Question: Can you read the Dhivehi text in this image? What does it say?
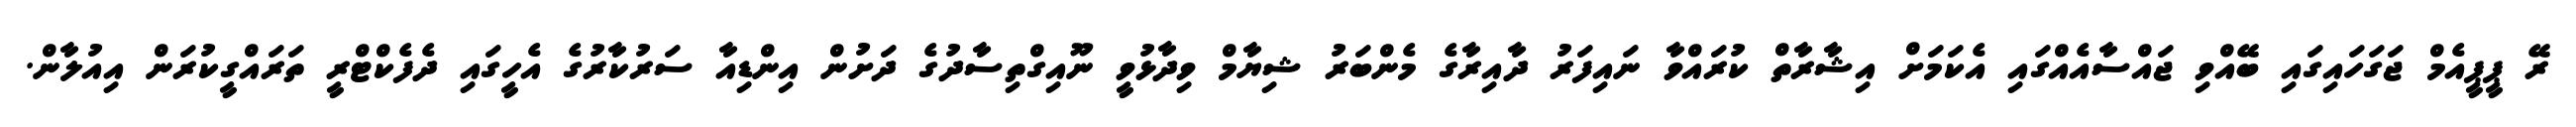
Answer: ރޭ ޕީޕީއެމް ޖަގަހައިގައި ބޭއްވި ޖައްސާއެއްގައި އެކަމަށް އިޝާރާތް ކުރައްވާ ނައިފަރު ދާއިރާގެ މެންބަރު ޝިޔާމް ވިދާޅުވީ ނޫއިގްތިސާދުގެ ދަށުން އިންޑިއާ ސަރުކާރުގެ އެހީގައި ދެފެކްޓްރީ ތަރައްގީކުރަން އިއުލާން.